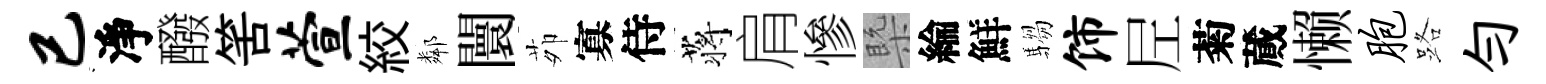
已淨醱筈萱絞鄰闤茆寡侍蒋肩慘槩綸鮮騶饰𡰱菊蕆懒胞路勻